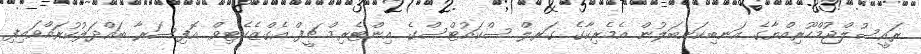
ރައީސުލްޖުމްހޫރިއްޔާގެ އަނބިކަނބަލުން އެމެރިކާގެ ގަރލް ސްކައުޓްސްގެ އިންޓެރިމް ޗީފް އެގްޒެކެޓިވް އޮފިސަރާ ބައްދަލުކުރައްވައިފި